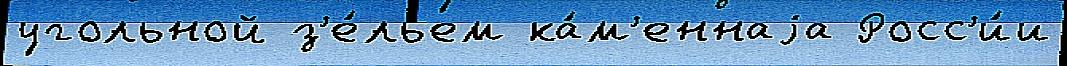
угольной з'е́льем ка́м'еннаjа Росс'и́и